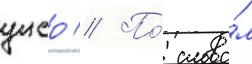
унсо // По́ слова́м